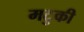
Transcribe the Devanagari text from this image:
मटुकी